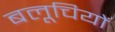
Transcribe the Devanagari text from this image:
बलूचियों